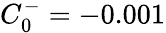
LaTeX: C_{0}^{-}=-0.001